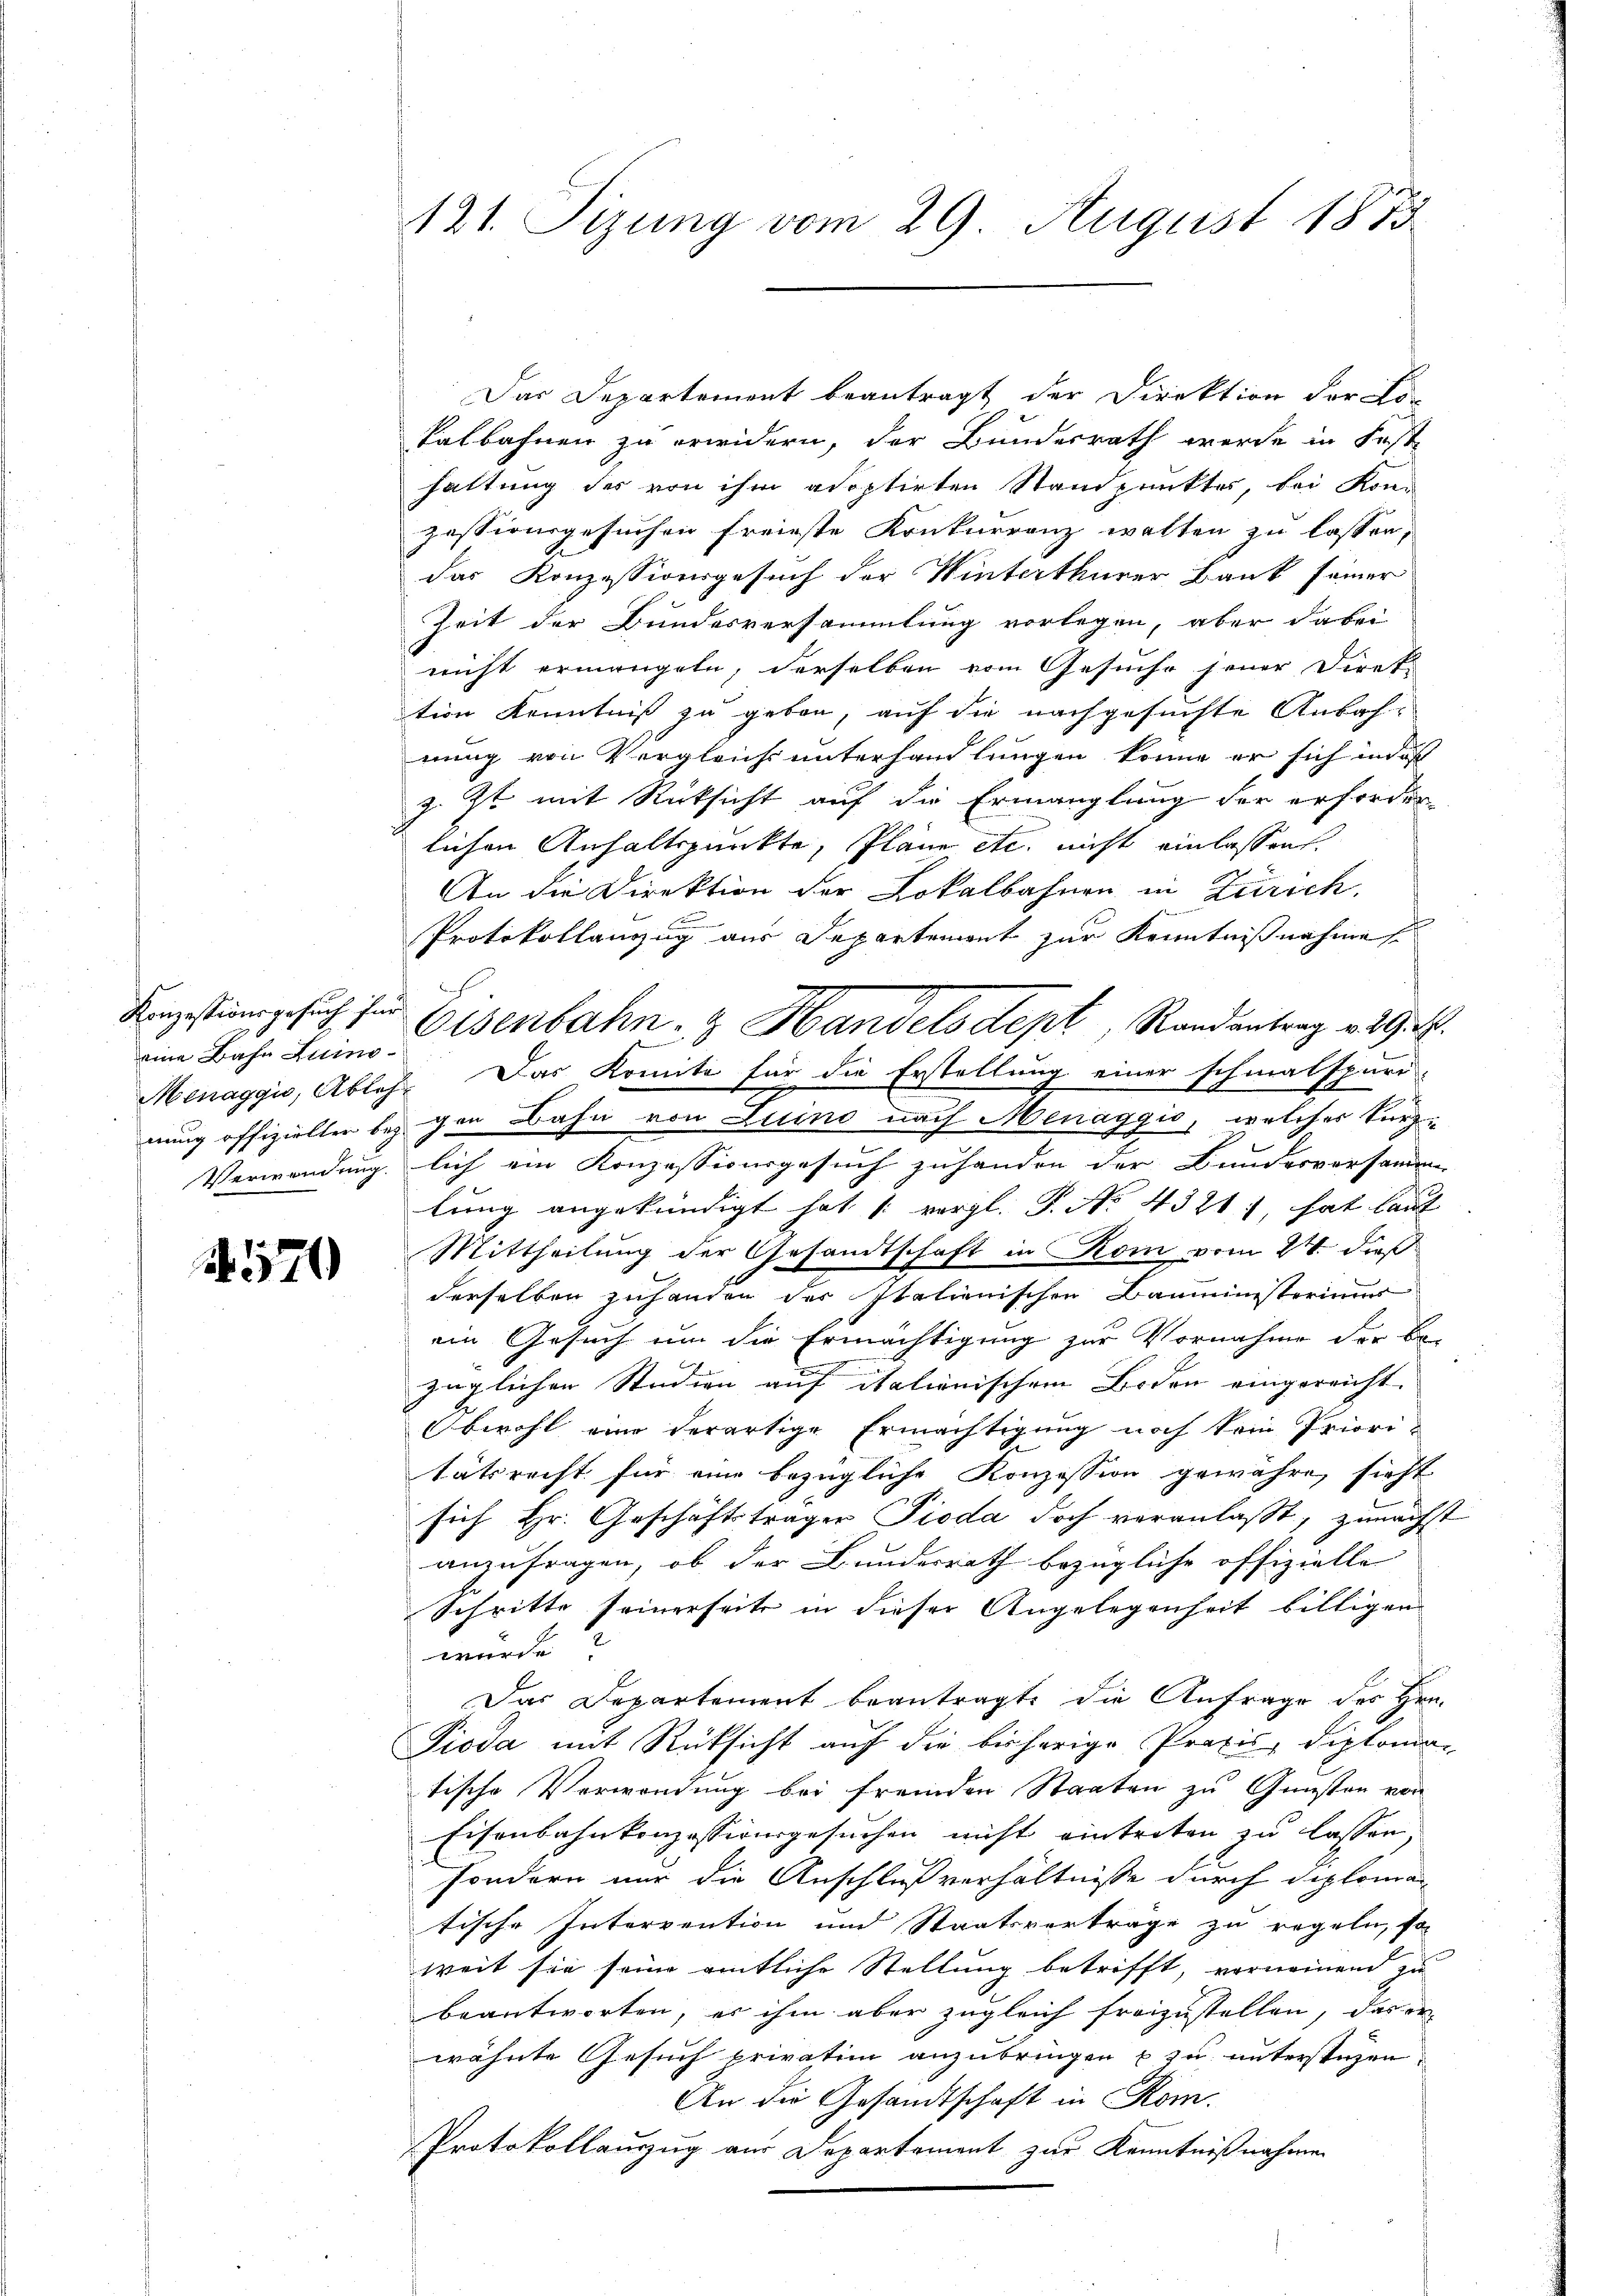
eine Bahn Luino¬

570

Das Departement beantragt der Direktion der Er-
kalbahnen zu erwidern, der Bundesrath werde in Fest
haltung des von ihm adoptirten Standpunktes, bei Kon
zessionsgesuchen freieste Konkurrenz walten zu lassen,
das Konzessionsgesuch der Winterthurer Bank seiner
Zeit der Bundesversammlung vorlegen, aber dabei
nicht ermangeln, derselben vom Gesuche jener Direk-
tion Kenntniß zu geben, auf die nachgesuchte Anbahnung von Vergleichs unterhandlungen könne er sich in des
z. Zt. mit Rücksicht auf die Ermanglung der erforder-
lichen Anhaltspunkte, Pläne etc. nicht einlassen.
An die Direktion der Lokalbahnen in Zürich.
Protokollanzug aus Departement zur Kenntnißnahme
Menaggio, Ables. Das Komite für die Erstellung einer schmalspuri-
nung offizielter beigen Bahn von Luino nach Menaggio, welches kurz
Verwendung, lich ein Konzessionsgesuch zuhanden der Bundesversamme
lung angekündigt hat [ vergl. P. No. 4321), hat laut
Mittheilung der Gesandtschaft in Kom vom 24. dieß
derselben zuhanden der Italienischen Bauministerimum
ein Gesuch um die Ermächtigung zur Vornahme der Be-
züglichen Studien auf italienischem Boden eingereicht.
Obwohl eine derartige Ermächtigung noch kein Prioritätsrecht für eine bezügliche Konzession gewähre, sieht
sich Hr. Geschäftsträger Pioda doch veranlaßt, zunächst
anzufragen, ob der Bundesrath bezügliche offizielle
Schritte seinerseits in dieser Angelegenheit billigen
wurde.
Das Departement beantragte die Anfrage des Hrn.
Pioda mit Rücksicht auf die bisherige Praxis, Diplomatische Verwendung bei fremden Staaten zu Gunsten von
Eisenbahnkonzessionsgesuchen nicht eintreten zu lassen,
sondern nur die Anschlußverhältnisse durch diplomatische Intervention und Staatsverträge zu regeln, so
weit sie seine amtliche Stellung betrifft, vornemend zu
beantworten, es ihm aber zugleich freizustellen, das er
wähnte Gesuch privatim anzubringen u zu unterstehen
An die Gesandtschaft in Rom.
Protokollauszug aus Departement zur Kenntnißnahmen

121. Sizung vom 29. August 1873

c

Lanzstungesuch für Eisenbahn- & Handels dept, Randantrag v. 29.